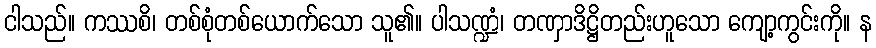
ငါသည်။ ကဿစိ၊ တစ်စုံတစ်ယောက်သော သူ၏။ ပါသဏ္ဍံ၊ တဏှာဒိဋ္ဌိတည်းဟူသော ကျော့ကွင်းကို။ န